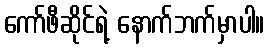
ကော်ဖီဆိုင်ရဲ့ နောက်ဘက်မှာပါ။